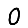
Digit: 0